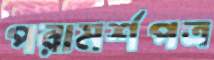
পরামর্শপত্র